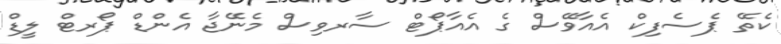
ކެތޭ ޕެސެފިކް އެއާވޭސް ގެ އެއާޕޯޓް ސާރވިސް މެނޭޖާ އެންޑް ޕޯރޓް ލީޑް